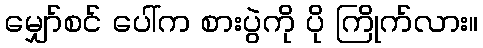
မျှော်စင် ပေါ်က စားပွဲကို ပို ကြိုက်လား။